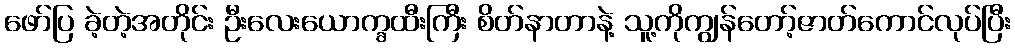
ဖော်ပြ ခဲ့တဲ့အတိုင်း ဦးလေးယောက္ခထီးကြီး စိတ်နာတာနဲ့ သူ့ကိုကျွန်တော့်ဇာတ်ကောင်လုပ်ပြီး